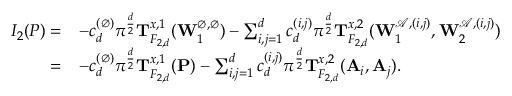
\begin{array} { r l } { I _ { 2 } ( P ) = } & { - c _ { d } ^ { ( \emptyset ) } \pi ^ { \frac { d } { 2 } } \mathbf T _ { F _ { 2 , d } } ^ { x , 1 } ( \mathbf W _ { 1 } ^ { \emptyset , \emptyset } ) - \sum _ { i , j = 1 } ^ { d } c _ { d } ^ { ( i , j ) } \pi ^ { \frac { d } { 2 } } \mathbf T _ { F _ { 2 , d } } ^ { x , 2 } ( \mathbf W _ { 1 } ^ { \mathscr { A } , ( i , j ) } , \mathbf W _ { 2 } ^ { \mathscr { A } , ( i , j ) } ) } \\ { = } & { - c _ { d } ^ { ( \emptyset ) } \pi ^ { \frac { d } { 2 } } \mathbf T _ { F _ { 2 , d } } ^ { x , 1 } ( \mathbf P ) - \sum _ { i , j = 1 } ^ { d } c _ { d } ^ { ( i , j ) } \pi ^ { \frac { d } { 2 } } \mathbf T _ { F _ { 2 , d } } ^ { x , 2 } ( \mathbf A _ { i } , \mathbf A _ { j } ) . } \end{array}